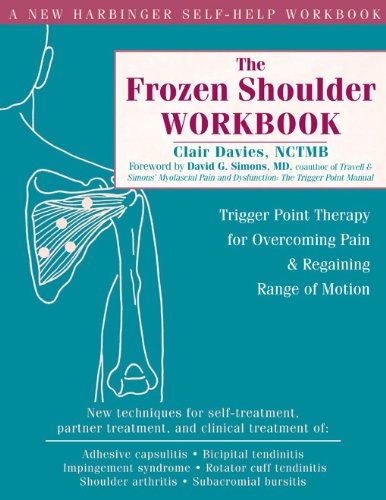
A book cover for The Frozen Shoulder Workbook: Trigger Point Therapy for Overcoming Pain and Regaining Range of Motion; Clair Davies NCTMB; Medical Books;